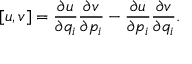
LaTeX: [ u , v ] = { \frac { \partial u } { \partial q _ { i } } } { \frac { \partial v } { \partial p _ { i } } } - { \frac { \partial u } { \partial p _ { i } } } { \frac { \partial v } { \partial q _ { i } } } .